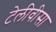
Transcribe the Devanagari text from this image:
टेलीवीसा